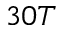
3 0 T